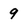
Character: 9